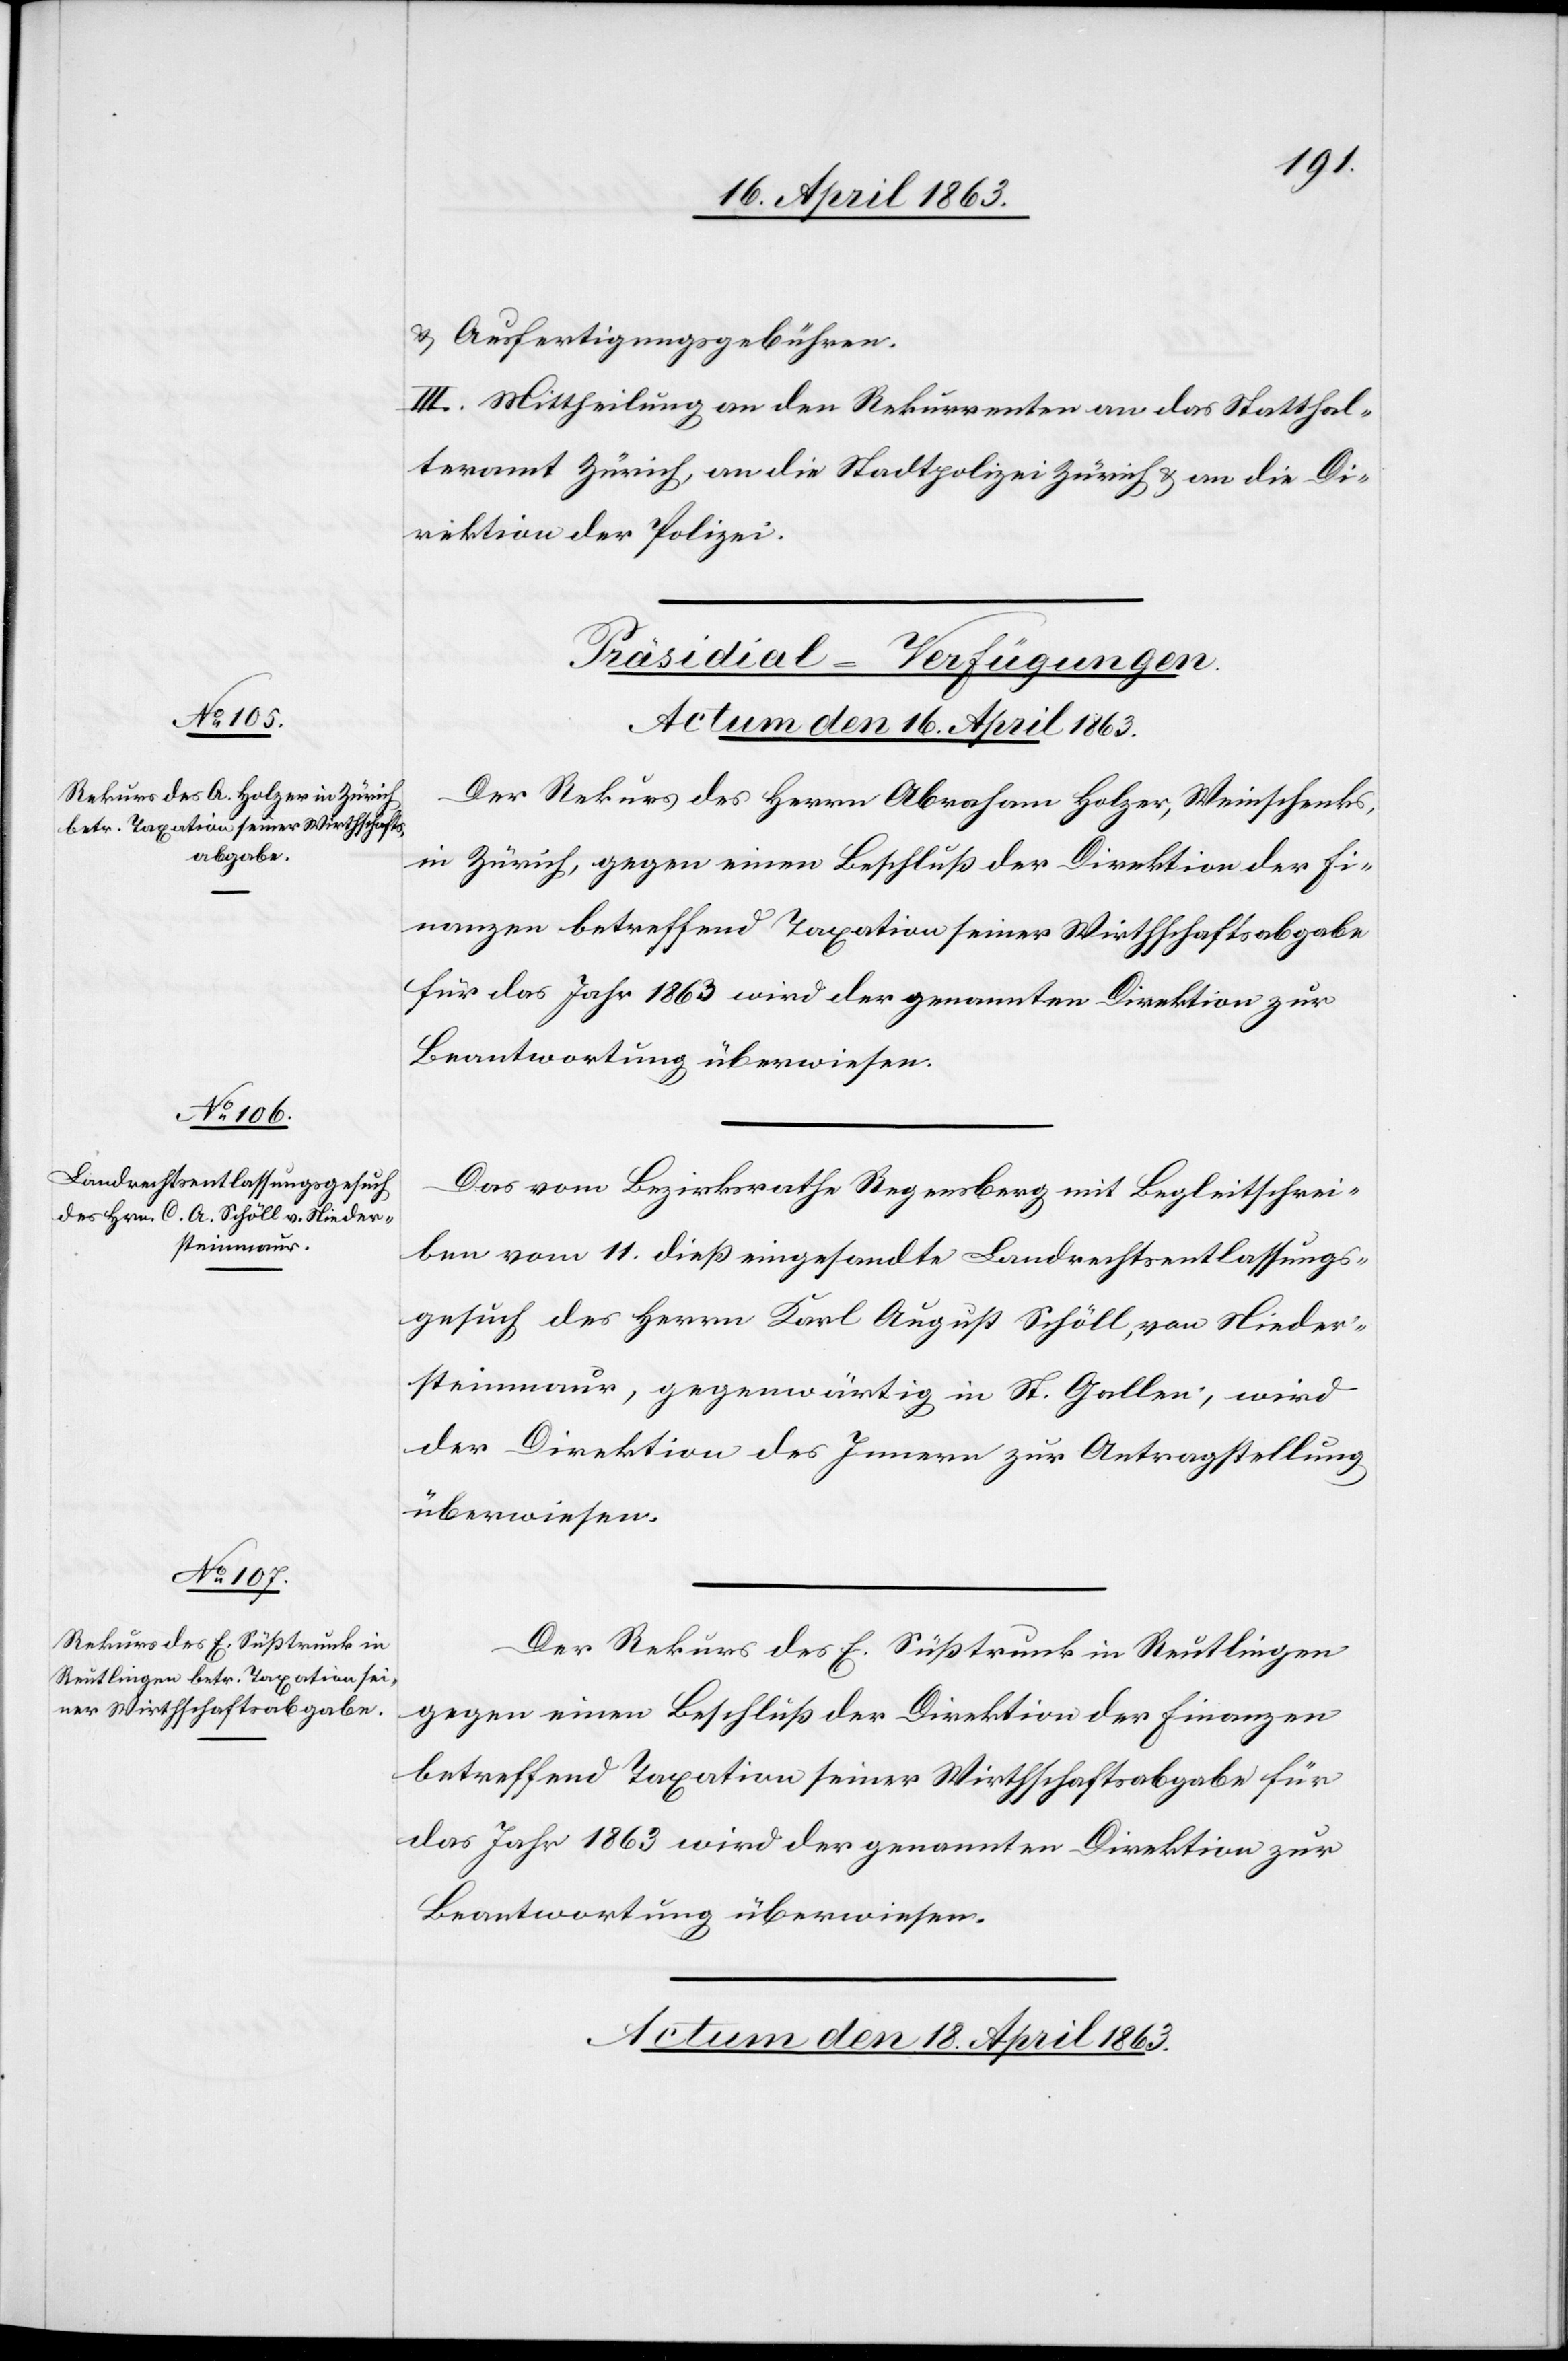
& Ausfertigungsgebühren.
III. Mittheilung an den Rekurrenten[,] an das Statthal¬
teramt Zürich, an die Stadtpolizei & an die Di¬
rektion der Polizei.
[Präsidial-Verfügungen.]
Actum den 16. April 1863.]
Der Rekurs des Herrn Abraham Holzer, Weinschenks
in Zürich, gegen einen Beschluß der Direktion der Fi¬
nanzen betreffend Taxation seiner Wirthschaftsabgabe
für das Jahr 1863 wird der genannten Direktion zur
Beantwortung überwiesen.
Das vom Bezirksrathe Regensberg mit Begleitschrei¬
ben vom 11. dieß eingesandte Landrechtsentlassungs¬
gesuch des Herrn Karl August Schöll, von Nieder¬
steinmaur, gegenwärtig in St. Gallen, wird
der Direktion des Innern zur Antragstellung
überwiesen.
Der Rekurs des E. Süßtrunk in Reutlingen
gegen einen Beschluß der Direktion der Finanzen
betreffend Taxation seiner Wirthschaftsabgabe für
das Jahr 1863 wird der genannten Direktion zur
Beantwortung überwiesen.
Actum den 18. April 1863.